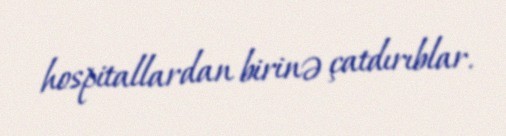
hospitallardan birinə çatdırıblar.